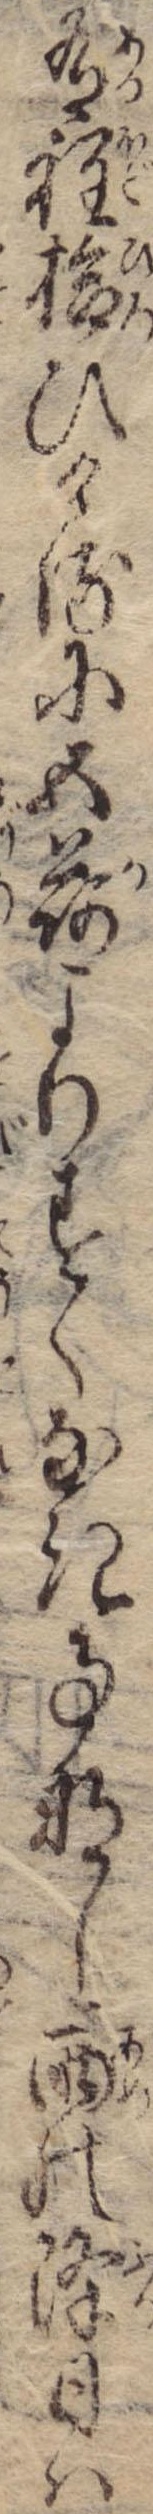
有程拾ひけるに五荷よりすくなき事なし雨の降日は